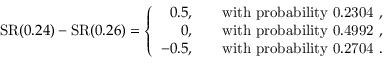
\begin{array} { r } { \mathrm { S R } ( 0 . 2 4 ) - \mathrm { S R } ( 0 . 2 6 ) = \left\{ \begin{array} { l l } { \phantom { - } 0 . 5 , \quad } & { \mathrm { w i t h ~ p r o b a b i l i t y ~ 0 . 2 3 0 4 ~ } , } \\ { \phantom { - 0 . } 0 , \quad } & { \mathrm { w i t h ~ p r o b a b i l i t y ~ 0 . 4 9 9 2 ~ } , } \\ { - 0 . 5 , \quad } & { \mathrm { w i t h ~ p r o b a b i l i t y ~ 0 . 2 7 0 4 ~ } . } \end{array} \right. } \end{array}